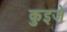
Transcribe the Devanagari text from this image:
कुइजे